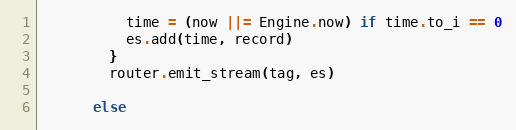
Language: Ruby
          time = (now ||= Engine.now) if time.to_i == 0
          es.add(time, record)
        }
        router.emit_stream(tag, es)

      else